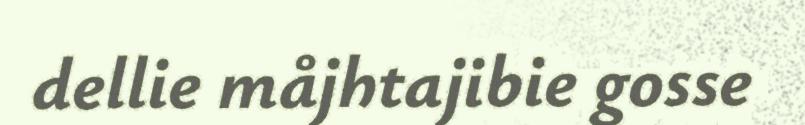
dellie måjhtajibie gosse